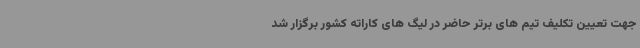
جهت تعیین تکلیف تیم های برتر حاضر در لیگ های کاراته کشور برگزار شد